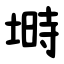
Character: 塒